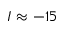
I \approx - 1 5